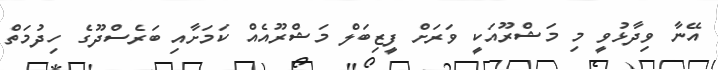
އޭނާ ވިދާޅުވީ މި މަޝްރޫއަކީ ވަރަށް ފީޒިބަލް މަޝްރޫއެއް ކަމަށާއި ބަރެސްދޫގެ ހިދުމަތް